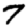
Digit: 7